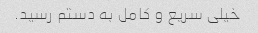
خیلی سریع و کامل به دستم رسید.